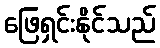
ဖြေရှင်းနိုင်သည်